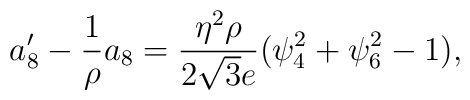
a_8'-\frac{1}{\rho}a_8=\frac{\eta^2\rho}{2\sqrt{3}e}(\psi_4^2+\psi_6^2-1),